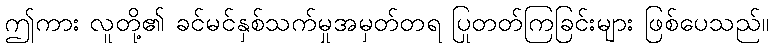
ဤကား လူတို့၏ ခင်မင်နှစ်သက်မှုအမှတ်တရ ပြုတတ်ကြခြင်းများ ဖြစ်ပေသည်။